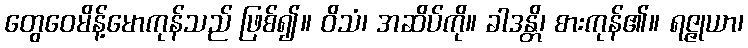
တွေဝေမိန့်မောကုန်သည် ဖြစ်၍။ ဝိသံ၊ အဆိပ်ကို။ ခါဒန္တိ၊ စားကုန်၏။ ရဇ္ဇုယာ၊